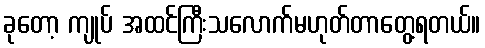
ခုတော့ ကျုပ် အထင်ကြီးသလောက်မဟုတ်တာတွေ့ရတယ်။